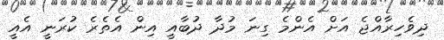
ދިވެހިރާއްޖެ އަށް އެންމެ ގިނަ މުދާ ދުބާއީ އިން އެތެރެ ކުރަނީ އެއީ